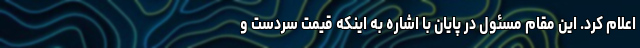
اعلام کرد. این مقام مسئول در پایان با اشاره به اینکه قیمت سردست و